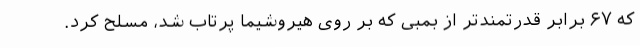
که ۶۷ برابر قدرتمندتر از بمبی که بر روی هیروشیما پرتاب شد، مسلح کرد.